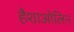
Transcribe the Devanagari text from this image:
हैशाओलिन